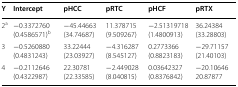
<table><thead><tr><td><b>Y</b></td><td><b>Intercept</b></td><td><b>pHCC</b></td><td><b>pRTC</b></td><td><b>pHCF</b></td><td><b>pRTX</b></td></tr></thead><tbody><tr><td>2<sup>a</sup></td><td>−0.3372760(0.4586571)<sup>b</sup></td><td>−45.44663(34.74687)</td><td>11.378715(9.509267)</td><td>−2.51319718(1.4800913)</td><td>36.24384(33.28803)</td></tr><tr><td>3</td><td>−0.5260880(0.4831243)</td><td>33.22444(23.03927)</td><td>−4.316287(8.545127)</td><td>0.2773366(0.8823183)</td><td>−29.71157(21.40103)</td></tr><tr><td>4</td><td>−0.2112646(0.4322987)</td><td>22.30781(22.33585)</td><td>−2.449028(8.040815)</td><td>0.03642327(0.8376842)</td><td>−20.1064620.87877</td></tr></tbody></table>